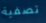
تصفية